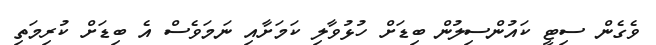
ވެގެން ސިޓީ ކައުންސިލުން ބިޑަށް ހުޅުވާލި ކަމަށާއި ނަމަވެސް އެ ބިޑަށް ކުރިމަތި